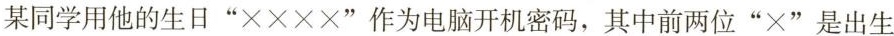
某同学用他的生日”××××”作为电脑开机密码，其中前两位”×”是出生